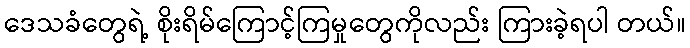
ဒေသခံတွေရဲ့ စိုးရိမ်ကြောင့်ကြမှုတွေကိုလည်း ကြားခဲ့ရပါ တယ်။